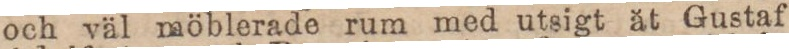
och väl möblerade rum med utsigt ät Gustaf